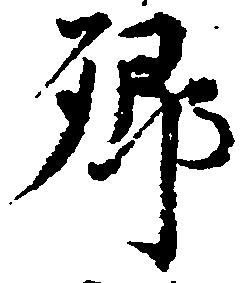
郷